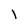
Character: l